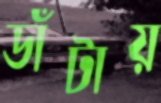
ডাঁটায়